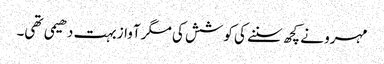
مہرو نے کچھ سننے کی کوشش کی مگر آواز بہت دھیمی تھی۔